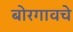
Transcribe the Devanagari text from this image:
बोरगावचे